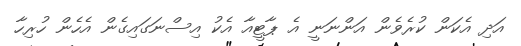
އަދި އެކަން ކުރެވެން އަންނަނީ އެ ޕާޓީއާ އެކު އިސްނަގައިގެން އެހެން ހުރިހާ